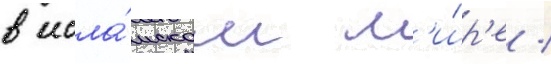
в исла́мском м'и́р'е /